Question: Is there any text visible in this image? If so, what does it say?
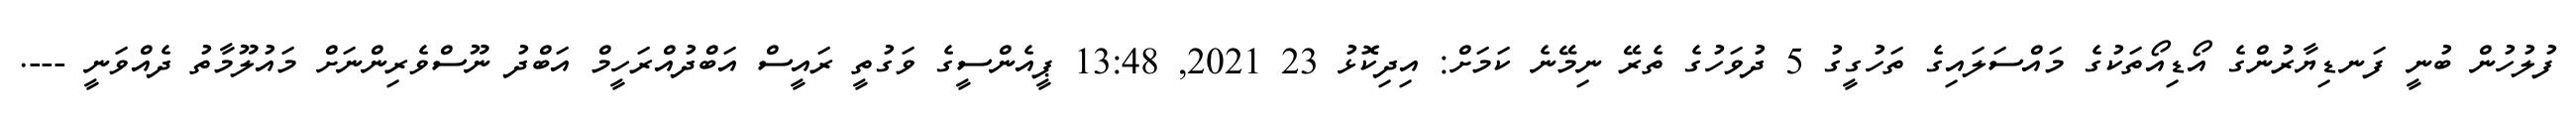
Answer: ފުލުހުން ބުނީ ފަނޑިޔާރުންގެ އޯޑިއޯތަކުގެ މައްސަލައިގެ ތަހުގީގު 5 ދުވަހުގެ ތެރޭ ނިމޭނެ ކަމަށް: އިދިކޮޅު 23 2021, 13:48 ޕީއެންސީގެ ވަގުތީ ރައީސް އަބްދުއްރަހީމް އަބްދު ނޫސްވެރިންނަށް މައުލޫމާތު ދެއްވަނީ ---.